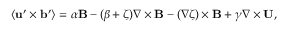
\langle { { \bf { u } } ^ { \prime } \times { \bf { b } } ^ { \prime } } \rangle = \alpha { \bf { B } } - ( \beta + \zeta ) \nabla \times { \bf { B } } - ( \nabla \zeta ) \times { \bf { B } } + \gamma \nabla \times { \bf { U } } ,